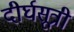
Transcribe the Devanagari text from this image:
दीर्घसूत्री